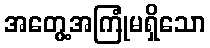
အတွေ့အကြုံမရှိသော